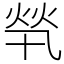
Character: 㷀